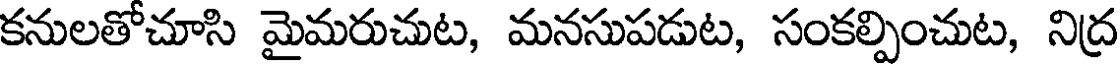
కనులతోచూసి మైమరుచుట, మనసుపడుట, సంకల్పించుట, నిద్ర